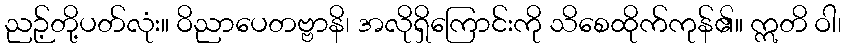
ညဉ့်တို့ပတ်လုံး။ ဝိညာပေတဗ္ဗာနိ၊ အလိုရှိကြောင်းကို သိစေထိုက်ကုန်၏။ ဣတိ ဝါ၊